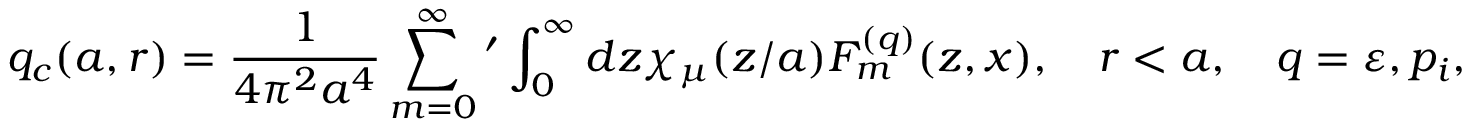
q _ { c } ( a , r ) = \frac { 1 } { 4 \pi ^ { 2 } a ^ { 4 } } \sum _ { m = 0 } ^ { \infty } { ' } \int _ { 0 } ^ { \infty } { d z \chi _ { \mu } ( z / a ) F _ { m } ^ { ( q ) } ( z , x ) } , \quad r < a , \quad q = \varepsilon , p _ { i } ,